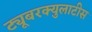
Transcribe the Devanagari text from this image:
ट्यूबरक्युलाटीस